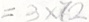
= 3 \times 7 2